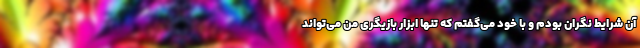
آن شرایط نگران بودم و با خود می‌گفتم که تنها ابزار بازیگری من می‌تواند